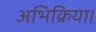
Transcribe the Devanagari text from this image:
अभिक्रिया।